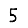
Digit: 5